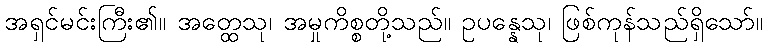
အရှင်မင်းကြီး၏။ အတ္ထေသု၊ အမှုကိစ္စတို့သည်။ ဥပန္နေသု၊ ဖြစ်ကုန်သည်ရှိသော်။